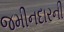
જમીનદારની